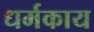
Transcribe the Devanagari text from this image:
धर्मकाय